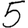
Digit: 5